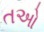
તઓ